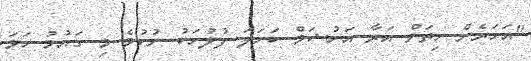
"އަހަރެން ހިތަށް އަރާ އަހުޝަމް ކަހަލަ ފުލުހަކު ނުކުމެ މި ގައުމު ހަމަ